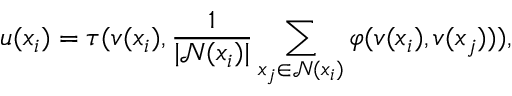
u ( x _ { i } ) = \tau ( v ( x _ { i } ) , \frac { 1 } { | \mathcal { N } ( x _ { i } ) | } \sum _ { x _ { j } \in \mathcal { N } ( x _ { i } ) } \varphi ( v ( x _ { i } ) , v ( x _ { j } ) ) ) ,